Insane asylums in Bengal annual reports 1867-1875 - 1867-1875
Year: 1867
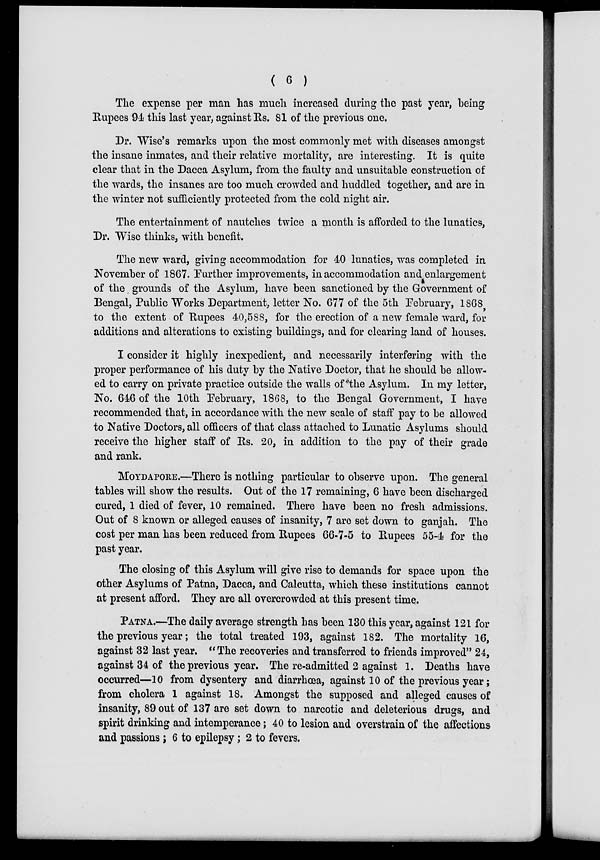
( 6 )
The expense per man has much increased during the past year, being
Rupees 94 this last year, against Rs. 81 of the previous one.
Dr. Wise's remarks upon the most commonly met with diseases amongst
the insane inmates, and their relative mortality, are interesting. It is quite
clear that in the Dacca Asylum, from the faulty and unsuitable construction of
the wards, the insanes are too much crowded and huddled together, and are in
the winter not sufficiently protected from the cold night air.
The entertainment of nautches twice a month is afforded to the lunatics,
Dr. Wise thinks, with benefit.
The new ward, giving accommodation for 40 lunatics, was completed in
November of 1867. Further improvements, in accommodation and enlargement
of the grounds of the Asylum, have been sanctioned by the Government of
Bengal, Public Works Department, letter No. 677 of the 5th February, 1868,
to the extent of Rupees 40,588, for the erection of a new female ward, for
additions and alterations to existing buildings, and for clearing land of houses.
I consider it highly inexpedient, and necessarily interfering with the
proper performance of his duty by the Native Doctor, that he should be allow-
ed to carry on private practice outside the walls of the Asylum. In my letter,
No. 646 of the 10th February, 1868, to the Bengal Government, I have
recommended that, in accordance with the new scale of staff pay to be allowed
to Native Doctors, all officers of that class attached to Lunatic Asylums should
receive the higher staff of Rs. 20, in addition to the pay of their grade
and rank.
MOYDAPORE.—There is nothing particular to observe upon. The general
tables will show the results. Out of the 17 remaining, 6 have been discharged
cured, 1 died of fever, 10 remained. There have been no fresh admissions.
Out of 8 known or alleged causes of insanity, 7 are set down to ganjah. The
cost per man has been reduced from Rupees 66-7-5 to Rupees 55-4 for the
past year.
The closing of this Asylum will give rise to demands for space upon the
other Asylums of Patna, Dacca, and Calcutta, which these institutions cannot
at present afford. They are all overcrowded at this present time.
PATNA.—The daily average strength has been 130 this year, against 121 for
the previous year; the total treated 193, against 182. The mortality 16,
against 32 last year. "The recoveries and transferred to friends improved" 24,
against 34 of the previous year. The re-admitted 2 against 1. Deaths have
occurred—10 from dysentery and diarrhœa, against 10 of the previous year;
from cholera 1 against 18. Amongst the supposed and alleged causes of
insanity, 89 out of 137 are set down to narcotic and deleterious drugs, and
spirit drinking and intemperance; 40 to lesion and overstrain of the affections
and passions ; 6 to epilepsy; 2 to fevers.